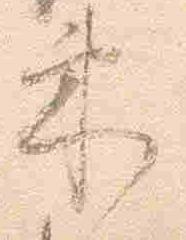
束